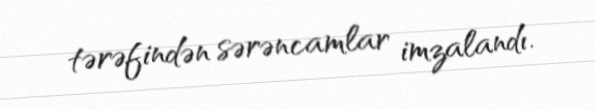
tərəfindən sərəncamlar imzalandı.